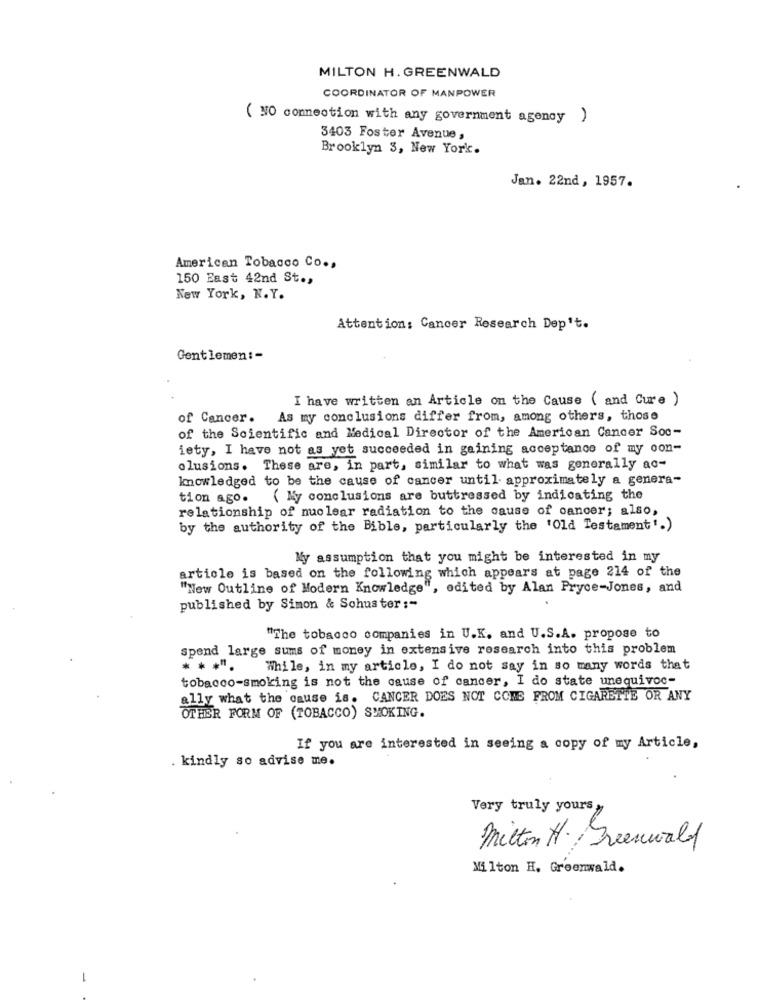
MILTON H. GREENWALD
COORDINATOR OF MANPOWER
( NO connection with any government agency )
3403 Foster Avenue,
Brooklyn 3, New York.
Jan. 22nd, 1957.
American Tobacco Co .,
150 East 42nd St .,
New York, N.Y.
Attention: Cancer Research Dep't.
Gentlemen: -
I have written an Article on the Cause ( and Cure )
of Cancer.
As my conclusions differ from, among others, those
of the Scientific and Medical Director of the American Cancer Soc-
iety, I have not as yet succeeded in gaining acceptance of my oon-
olusions. These are, in part, similar to what was generally ac-
knowledged to be the cause of cancer until approximately a genera-
tion ago. ( My conclusions are buttressed by indicating the
relationship of nuclear radiation to the cause of cancer; also,
by the authority of the Bible, particularly the 'Old Testament'.)
My assumption that you might be interested in my
article is based on the following which appears at page 214 of the
"New Outline of Modern Knowledge", edited by Alan Pryce-Jones, and
published by Simon & Schuster :-
"The tobacco companies in U.K. and U.S.A. propose to
spend large sums of money in extensive research into this problem
****.
While, in my article, I do not say in so many words that
tobacco-smoking is not the cause of cancer, I do state unequivoc-
ally what the cause is. CANCER DOES NOT COME FROM CIGARETTE OR ANY
OTHER FORM OF (TOBACCO) SMOKING.
If you are interested in seeing a copy of my Article,
. kindly so advise me.
Very truly yours»
mitton H. Greenwald
Milton H. Greenwald.
-